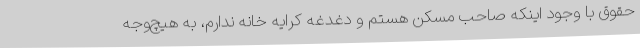
حقوق با وجود اینکه صاحب مسکن هستم و دغدغه کرایه خانه ندارم، به هیچ‌وجه